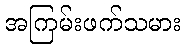
အကြမ်းဖက်သမား